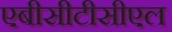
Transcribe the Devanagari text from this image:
एबीसीटीसीएल